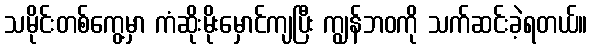
သမိုင်းတစ်ကွေ့မှာ ကံဆိုးမိုးမှောင်ကျပြီး ကျွန်ဘဝကို သက်ဆင်းခဲ့ရတယ်။